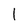
Character: 1